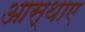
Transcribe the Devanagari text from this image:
आस्थाए